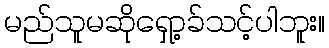
မည်သူမဆိုရှော့ခ်သင့်ပါဘူး။